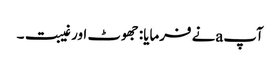
آپ aنے فرمایا: جھوٹ اور غیبت۔